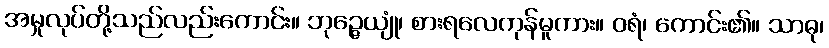
အမှုလုပ်တို့သည်လည်းကောင်း။ ဘုဉ္ဇေယျုံ၊ စားရလေကုန်မူကား။ ဝရံ၊ ကောင်း၏။ သာဓု၊